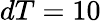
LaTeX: dT=10